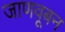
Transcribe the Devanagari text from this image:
जाणवूबन